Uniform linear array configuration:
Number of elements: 12
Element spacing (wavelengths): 0.5
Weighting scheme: blackman
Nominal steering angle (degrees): -45
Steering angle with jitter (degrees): -45.327
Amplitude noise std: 0.05
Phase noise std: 0.05

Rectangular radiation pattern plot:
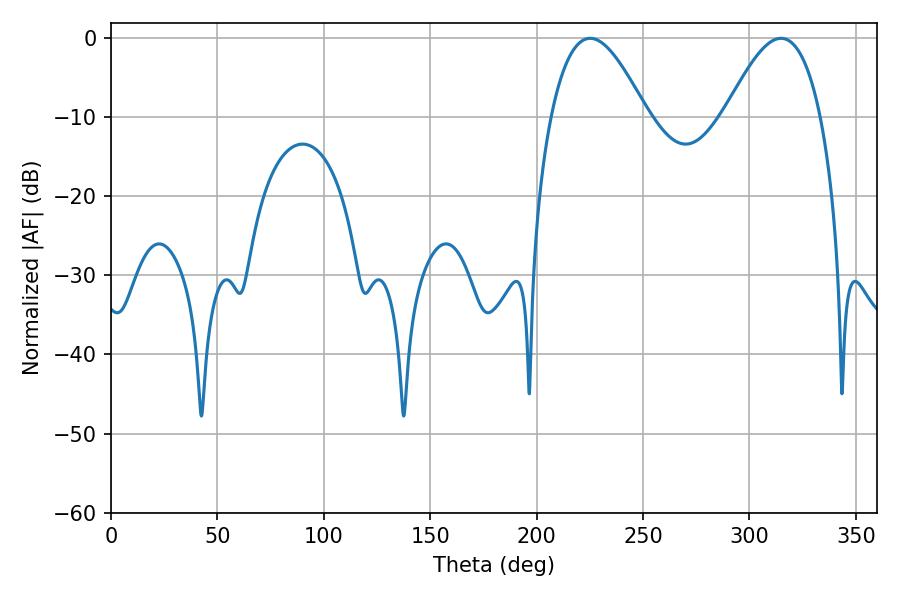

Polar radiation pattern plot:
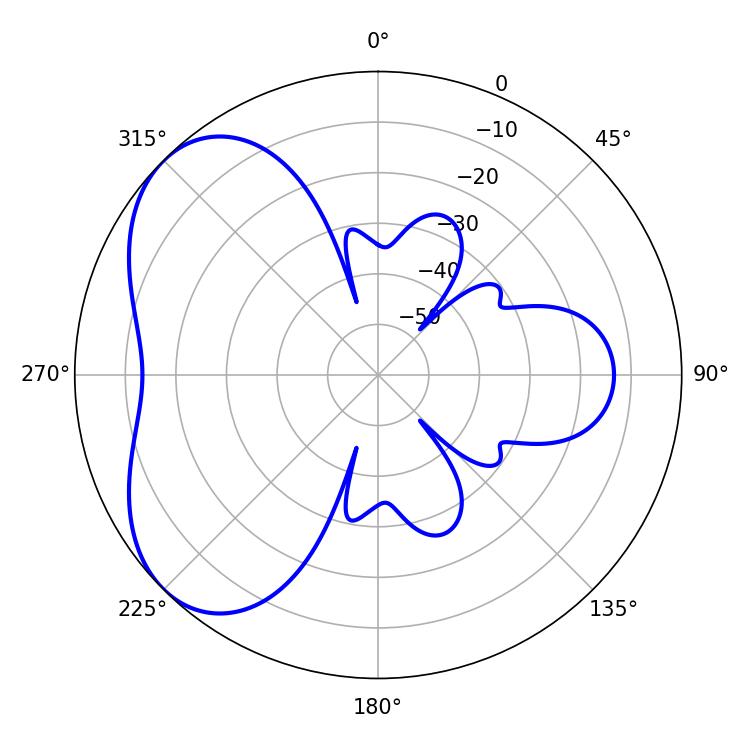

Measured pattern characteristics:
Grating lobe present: FALSE
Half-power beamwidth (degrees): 24.3
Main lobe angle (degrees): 225.18